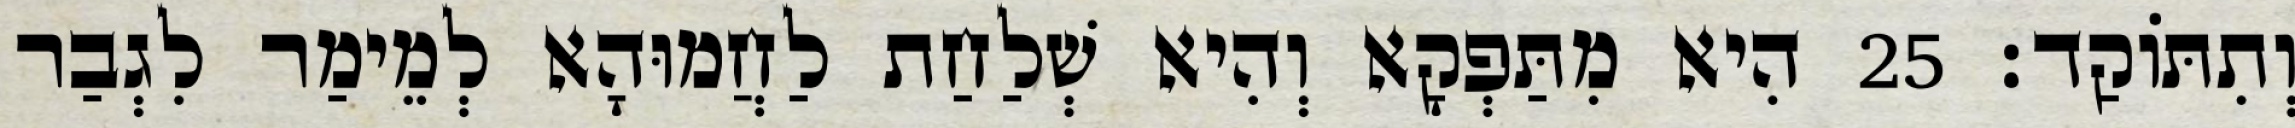
וְתִתּוֹקַד׃ 25 הִיא מִתַּפְקָא וְהִיא שְׁלַחַת לַחֲמוּהָא לְמֵימַר לִגְבַר